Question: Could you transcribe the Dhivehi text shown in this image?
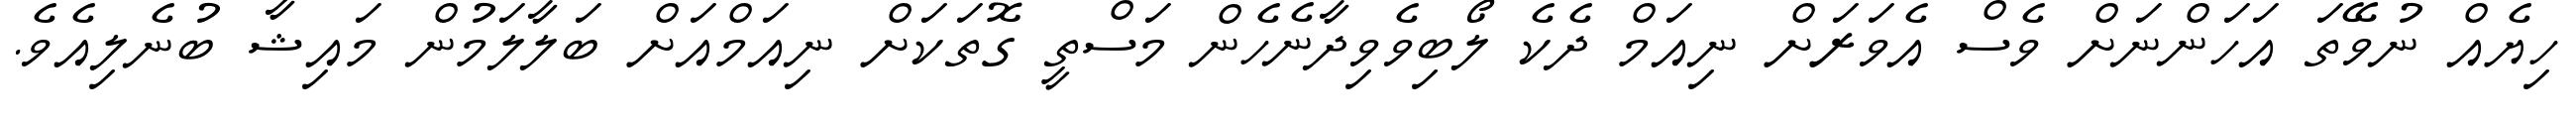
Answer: ހިޔެއް ނުވޭތަ އަހަންނަށް ވެސް އެވަރަށް ނިއަމް ދެކެ ލޯބިވެވިދާނެހެން މަސްތީ ގޮތަކަށް ނިއަމްއަށް ބަލާލަމުން މައިޝާ ބުނެލިއެވެ.